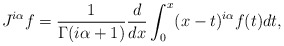
\begin{align*}J^{i\alpha}f=\frac{1}{\Gamma(i\alpha+1)}\frac{d}{dx}\int_{0}^{x}(x-t)^{i\alpha}f(t)dt,\end{align*}